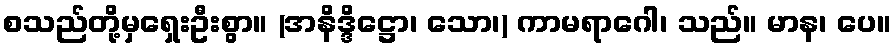
စသည်တို့မှရှေးဦးစွာ။ (အနိဒ္ဒိဋ္ဌော၊ သော၊) ကာမရာဂေါ၊ သည်။ မာန၊ ပေ။